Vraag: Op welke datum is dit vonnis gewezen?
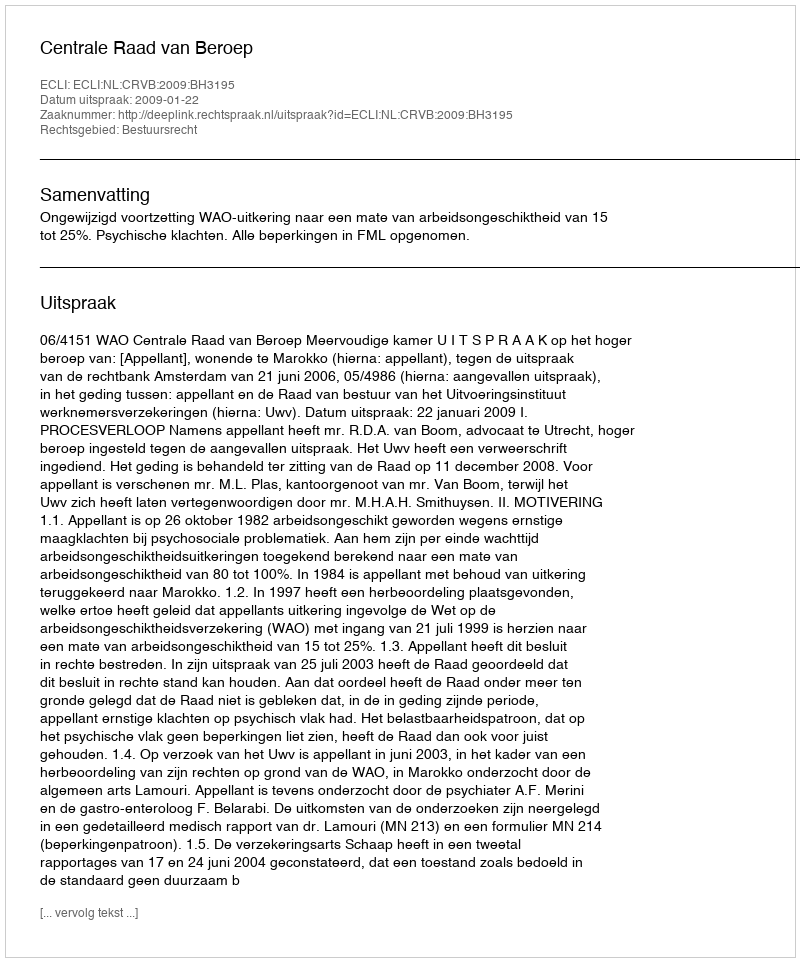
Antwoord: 2009-01-22